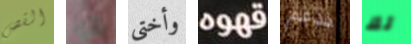
القص هو وأختي قهوه ندعم لك